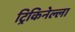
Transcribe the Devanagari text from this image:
ट्रिकिनेल्ला